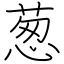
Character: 葱